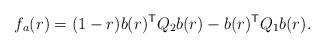
LaTeX: \begin{align*}f_a(r) = (1-r) b(r)^{\sf T} Q_2 b(r) - b(r)^{\sf T} Q_1 b(r).\end{align*}